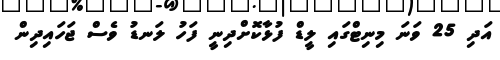
އަދި 25 ވަނަ މިނިޓްގައި ލީޑް ފުޅާކޮށްދިނީ ފަހު ލަނޑު ވެސް ޖަހައިދިން